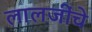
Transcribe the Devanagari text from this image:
लालजींचे